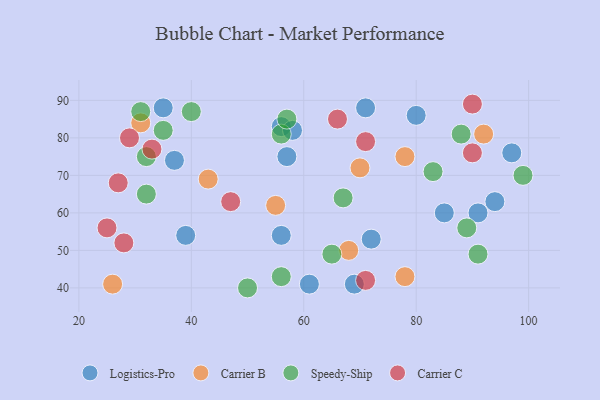
{"axis": {"x": "GDP", "y": "Life Expectancy"}, "legend": ["Carrier B", "Carrier C", "Logistics-Pro", "Speedy-Ship"], "data": [{"x": "35", "y": 88, "type": "Logistics-Pro"}, {"x": "71", "y": 88, "type": "Logistics-Pro"}, {"x": "91", "y": 60, "type": "Logistics-Pro"}, {"x": "56", "y": 83, "type": "Logistics-Pro"}, {"x": "56", "y": 54, "type": "Logistics-Pro"}, {"x": "97", "y": 76, "type": "Logistics-Pro"}, {"x": "94", "y": 63, "type": "Logistics-Pro"}, {"x": "58", "y": 82, "type": "Logistics-Pro"}, {"x": "39", "y": 54, "type": "Logistics-Pro"}, {"x": "72", "y": 53, "type": "Logistics-Pro"}, {"x": "69", "y": 41, "type": "Logistics-Pro"}, {"x": "37", "y": 74, "type": "Logistics-Pro"}, {"x": "80", "y": 86, "type": "Logistics-Pro"}, {"x": "57", "y": 75, "type": "Logistics-Pro"}, {"x": "85", "y": 60, "type": "Logistics-Pro"}, {"x": "61", "y": 41, "type": "Logistics-Pro"}, {"x": "78", "y": 43, "type": "Carrier B"}, {"x": "78", "y": 75, "type": "Carrier B"}, {"x": "26", "y": 41, "type": "Carrier B"}, {"x": "70", "y": 72, "type": "Carrier B"}, {"x": "92", "y": 81, "type": "Carrier B"}, {"x": "43", "y": 69, "type": "Carrier B"}, {"x": "55", "y": 62, "type": "Carrier B"}, {"x": "68", "y": 50, "type": "Carrier B"}, {"x": "31", "y": 84, "type": "Carrier B"}, {"x": "91", "y": 49, "type": "Speedy-Ship"}, {"x": "65", "y": 49, "type": "Speedy-Ship"}, {"x": "40", "y": 87, "type": "Speedy-Ship"}, {"x": "99", "y": 70, "type": "Speedy-Ship"}, {"x": "50", "y": 40, "type": "Speedy-Ship"}, {"x": "56", "y": 81, "type": "Speedy-Ship"}, {"x": "88", "y": 81, "type": "Speedy-Ship"}, {"x": "83", "y": 71, "type": "Speedy-Ship"}, {"x": "32", "y": 65, "type": "Speedy-Ship"}, {"x": "57", "y": 85, "type": "Speedy-Ship"}, {"x": "31", "y": 87, "type": "Speedy-Ship"}, {"x": "32", "y": 75, "type": "Speedy-Ship"}, {"x": "56", "y": 43, "type": "Speedy-Ship"}, {"x": "35", "y": 82, "type": "Speedy-Ship"}, {"x": "89", "y": 56, "type": "Speedy-Ship"}, {"x": "67", "y": 64, "type": "Speedy-Ship"}, {"x": "27", "y": 68, "type": "Carrier C"}, {"x": "90", "y": 76, "type": "Carrier C"}, {"x": "29", "y": 80, "type": "Carrier C"}, {"x": "33", "y": 77, "type": "Carrier C"}, {"x": "28", "y": 52, "type": "Carrier C"}, {"x": "90", "y": 89, "type": "Carrier C"}, {"x": "47", "y": 63, "type": "Carrier C"}, {"x": "71", "y": 79, "type": "Carrier C"}, {"x": "25", "y": 56, "type": "Carrier C"}, {"x": "71", "y": 42, "type": "Carrier C"}, {"x": "66", "y": 85, "type": "Carrier C"}]}